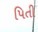
પિતી